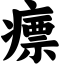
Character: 瘭